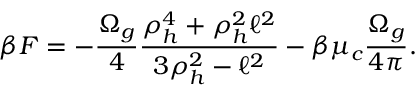
\beta F = - { \frac { \Omega _ { g } } { 4 } } { \frac { \rho _ { h } ^ { 4 } + \rho _ { h } ^ { 2 } \ell ^ { 2 } } { 3 \rho _ { h } ^ { 2 } - \ell ^ { 2 } } } - \beta \mu _ { c } { \frac { \Omega _ { g } } { 4 \pi } } .